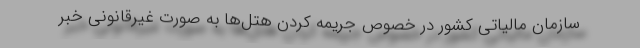
سازمان مالیاتی کشور در خصوص جریمه کردن هتل‌ها به صورت غیرقانونی خبر